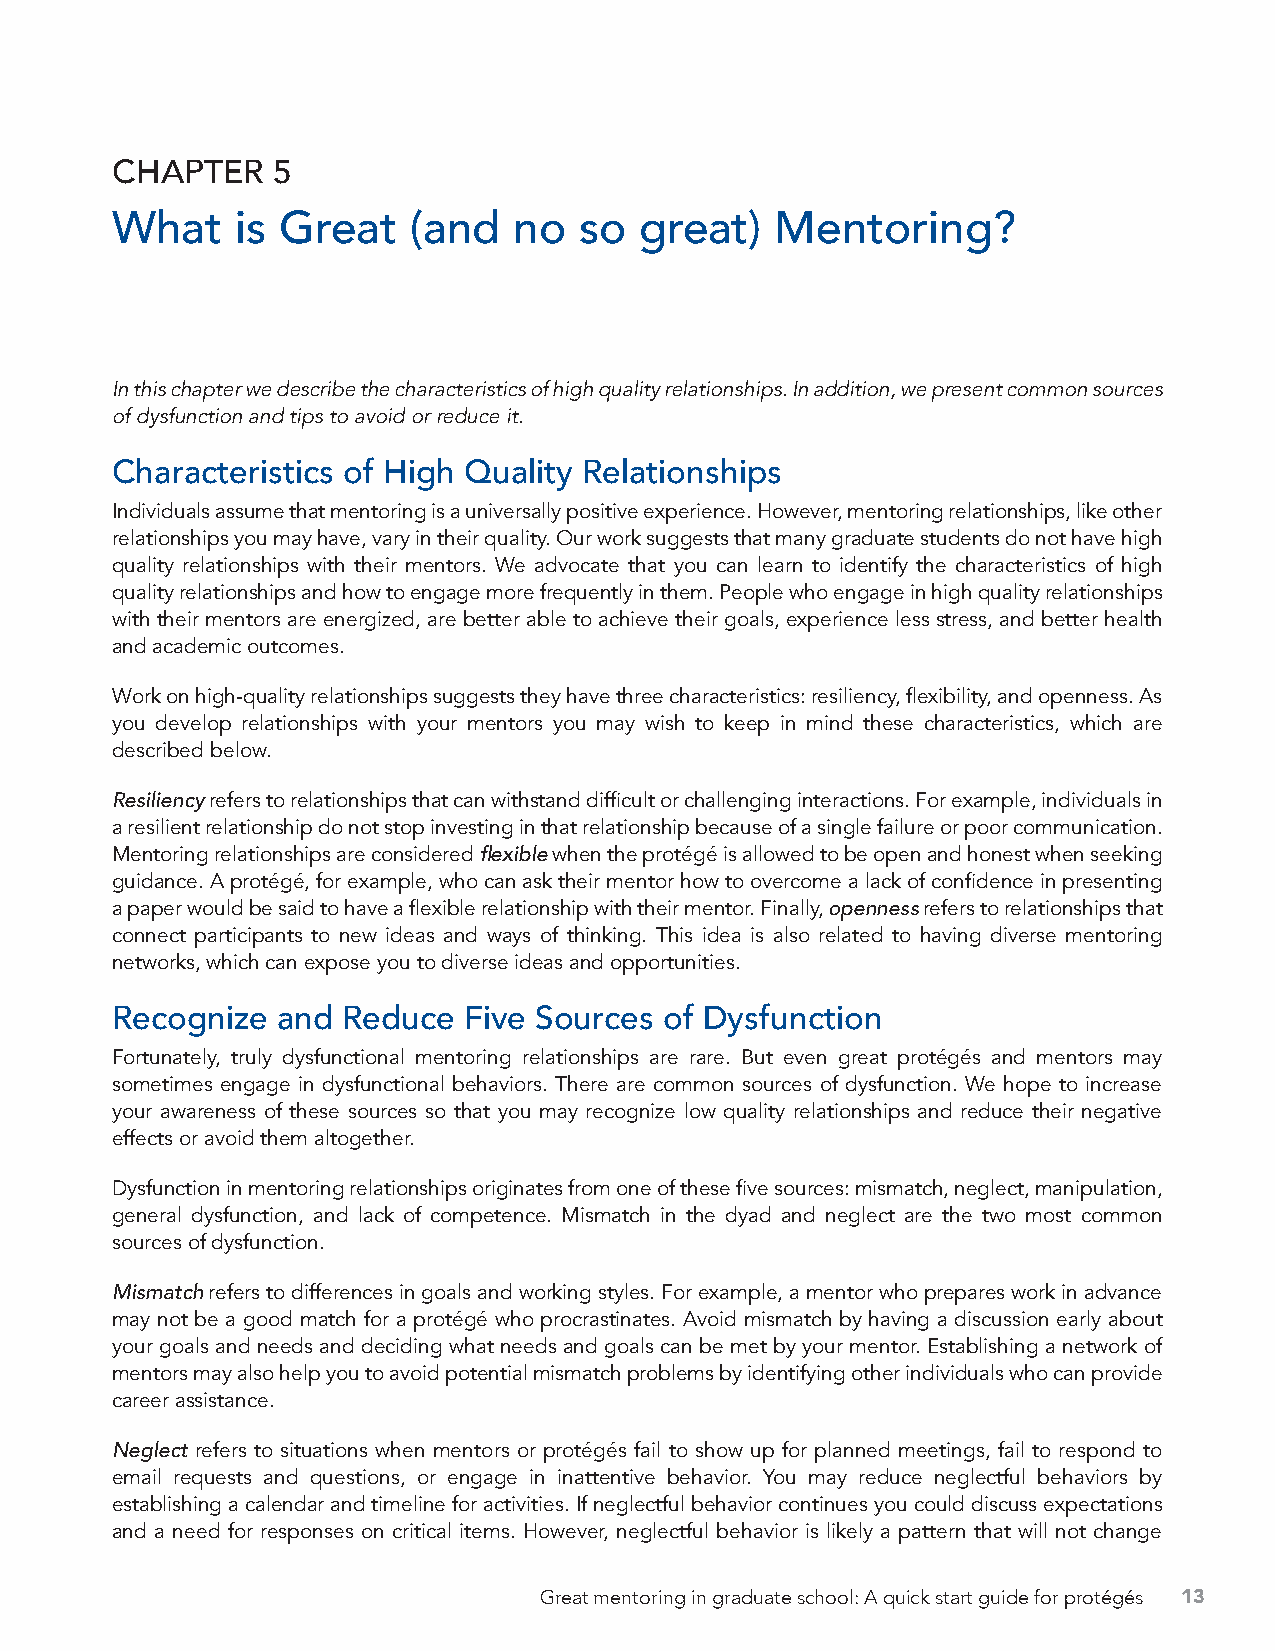
CHAPTER    5
 What     is Great   (and   no  so  great)   Mentoring?
 In this chapter we describe the characteristics of high quality relationships. In addition, we present common sources
 of dysfunction and tips to avoid or reduce it.
 Characteristics of High Quality Relationships
 Individuals assume that mentoring is a universally positive experience. However, mentoring relationships, like other
 relationships you may have, vary in their quality. Our work suggests that many graduate students do not have high
 quality relationships with their mentors. We advocate that you can learn to identify the characteristics of high
 quality relationships and how to engage more frequently in them. People who engage in high quality relationships
 with their mentors are energized, are better able to achieve their goals, experience less stress, and better health
 and academic outcomes.
 Work on high-quality relationships suggests they have three characteristics: resiliency, flexibility, and openness. As
 you develop relationships with your mentors you may wish to keep in mind these characteristics, which are
 described below.
 Resiliency refers to relationships that can withstand difficult or challenging interactions. For example, individuals in
 a resilient relationship do not stop investing in that relationship because of a single failure or poor communication.
 Mentoring relationships are considered flexible when the protégé is allowed to be open and honest when seeking
 guidance. A protégé, for example, who can ask their mentor how to overcome a lack of confidence in presenting
 a paper would be said to have a flexible relationship with their mentor. Finally, openness refers to relationships that
 connect participants to new ideas and ways of thinking. This idea is also related to having diverse mentoring
 networks, which can expose you to diverse ideas and opportunities.
 Recognize  and  Reduce  Five Sources of Dysfunction
 Fortunately, truly dysfunctional mentoring relationships are rare. But even great protégés and mentors may
 sometimes engage in dysfunctional behaviors. There are common sources of dysfunction. We hope to increase
 your awareness of these sources so that you may recognize low quality relationships and reduce their negative
 effects or avoid them altogether.
 Dysfunction in mentoring relationships originates from one of these five sources: mismatch, neglect, manipulation,
 general dysfunction, and lack of competence. Mismatch in the dyad and neglect are the two most common
 sources of dysfunction.
 Mismatch refers to differences in goals and working styles. For example, a mentor who prepares work in advance
 may not be a good match for a protégé who procrastinates. Avoid mismatch by having a discussion early about
 your goals and needs and deciding what needs and goals can be met by your mentor. Establishing a network of
 mentors may also help you to avoid potential mismatch problems by identifying other individuals who can provide
 career assistance.
 Neglect refers to situations when mentors or protégés fail to show up for planned meetings, fail to respond to
 email requests and questions, or engage in inattentive behavior. You may reduce neglectful behaviors by
 establishing a calendar and timeline for activities. If neglectful behavior continues you could discuss expectations
 and a need for responses on critical items. However, neglectful behavior is likely a pattern that will not change
 Great mentoring in graduate school: A quick start guide for protégés 13